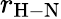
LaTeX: r_{\mathrm{{H-N}}}